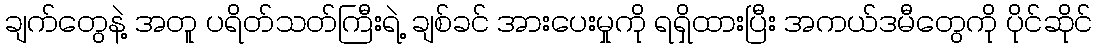
ချက်တွေနဲ့ အတူ ပရိတ်သတ်ကြီးရဲ့ ချစ်ခင် အားပေးမှုကို ရရှိထားပြီး အကယ်ဒမီတွေကို ပိုင်ဆိုင်